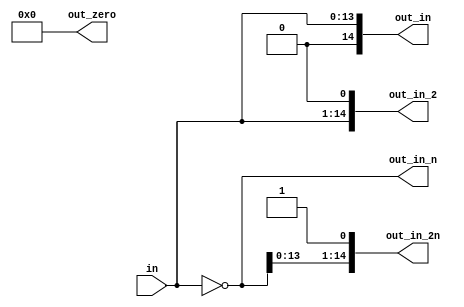
// Title: Booth Partial Products V 1.0 (No Changelog)
// Updated: 
//---------------------------------------------------------------------------
// This is a Verilog file that define a Modified Booth Selector for radix-4
// partial product generation
//
//---------------------------------------------------------------------------
module boothPP #(parameter WIDTH = 14) (
    input   [WIDTH-1:0] in,
    output  [WIDTH:0] out_in,
    output  [WIDTH:0] out_in_n,
    output  [WIDTH:0] out_in_2,
    output  [WIDTH:0] out_in_2n,
    output  [WIDTH:0] out_zero
);

    wire [WIDTH:0] onesComp; // One's Comp
    // +1 needs to be compensated in PP reductions

    assign onesComp     = ~{1'b0, in};
    assign out_in       = {1'b0, in};
    assign out_in_n     = onesComp;
    assign out_in_2     = {in, 1'b0};
    assign out_in_2n    = {onesComp[WIDTH-1:0], 1'b1};
    assign out_zero     = 0;

endmodule